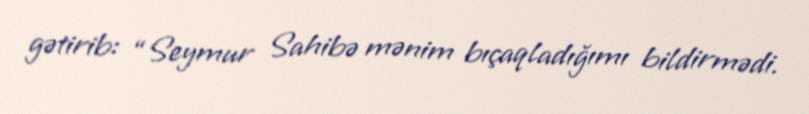
gətirib: “Seymur Sahibə mənim bıçaqladığımı bildirmədi.